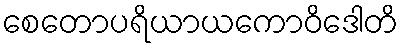
စေတောပရိယာယကောဝိဒေါတိ